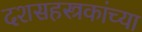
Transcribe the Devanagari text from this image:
दशसहस्त्रकांच्या